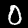
Label: 0